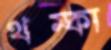
থম্‌কা